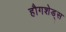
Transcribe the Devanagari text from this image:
हौगशेड्स